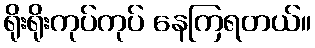
ရိုးရိုးကုပ်ကုပ် နေကြရတယ်။